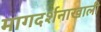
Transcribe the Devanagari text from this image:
मागदर्शनाखाली